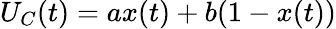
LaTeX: U_{C}(t)=ax(t)+b(1-x(t))